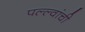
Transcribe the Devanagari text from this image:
पल्ल्वांची